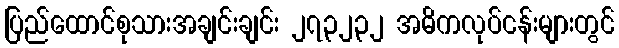
ပြည်ထောင်စုသားအချင်းချင်း ၂၇၃၂၃၂ အဓိကလုပ်ငန်းများတွင်